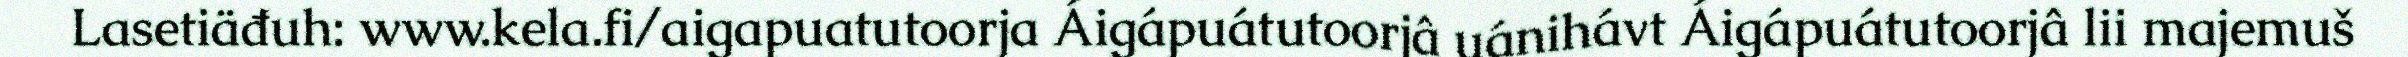
Lasetiäđuh: www.kela.fi/aigapuatutoorja Áigápuátutoorjâ uánihávt Áigápuátutoorjâ lii majemuš